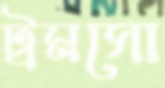
ট্রমসো